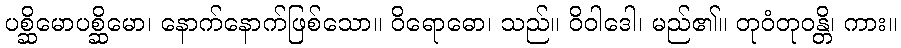
ပစ္ဆိမောပစ္ဆိမော၊ နောက်နောက်ဖြစ်သော။ ဝိရောဓော၊ သည်။ ဝိဝါဒေါ၊ မည်၏။ တုဝံတုဝန္တိ၊ ကား။